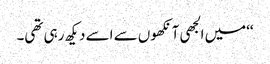
‘‘میں الجھی آنکھوں سے اسے دیکھ رہی تھی۔